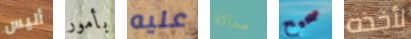
أليس بأمور عليه محاكاة صحيح لأخذه